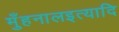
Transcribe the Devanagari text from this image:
मुँहनालइत्यादि